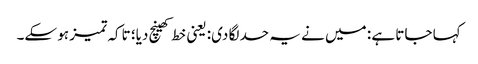
کہا جاتا ہے : میں نے یہ حد لگا دی: یعنی خط کھینچ دیا؛ تاکہ تمیز ہو سکے۔